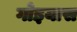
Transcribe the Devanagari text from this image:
गोइयास